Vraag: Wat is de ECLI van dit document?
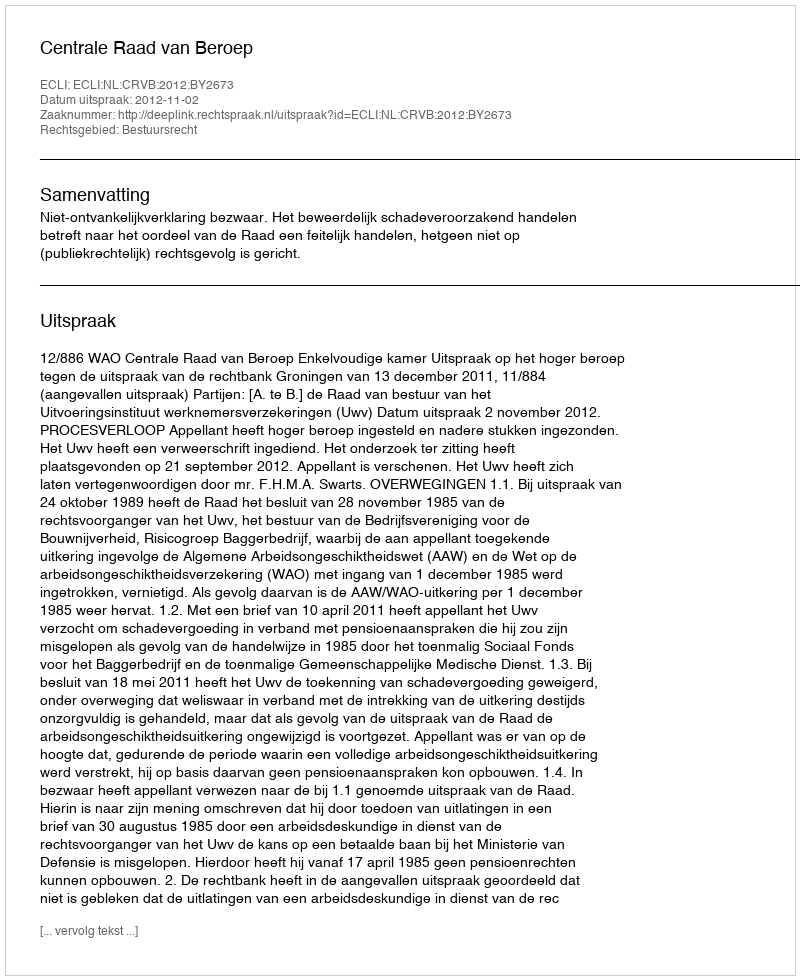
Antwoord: ECLI:NL:CRVB:2012:BY2673